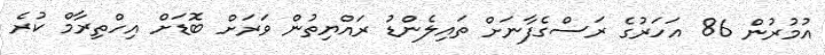
އުމުރުން 86 އަހަރުގެ ރަސްގެފާނަށް ތައިލެންޑު ރައްޔިތުން ވަރަށް ބޮޑަށް އިހްތިރާމް ކުރެ